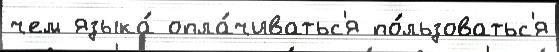
чем языка́ опла́чиватьс'я по́льзоватьс'я